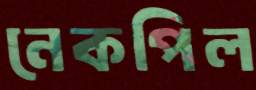
নেকপিল